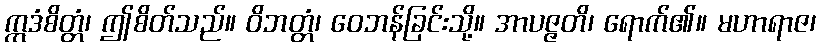
ဣဒံစိတ္တံ၊ ဤစိတ်သည်။ ဝိဘတ္တံ၊ ဝေဘန်ခြင်းသို့။ အာပဇ္ဇတိ၊ ရောက်၏။ မဟာရာဇ၊